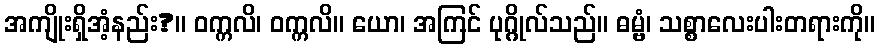
အကျိုးရှိအံ့နည်း?။ ဝက္ကလိ၊ ဝက္ကလိ။ ယော၊ အကြင် ပုဂ္ဂိုလ်သည်။ ဓမ္ဗံ၊ သစ္စာလေးပါးတရားကို။